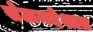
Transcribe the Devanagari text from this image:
सेऊनदेशात